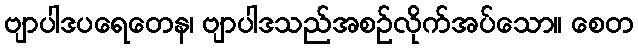
ဗျာပါဒပရေတေန၊ ဗျာပါဒသည်အစဉ်လိုက်အပ်သော။ စေတ